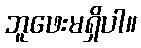
ဘူဖေးမရှိပါ။